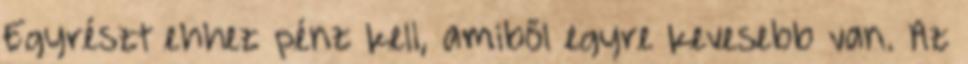
Egyrészt ehhez pénz kell, amiből egyre kevesebb van. Az